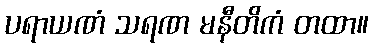
ပရာယဏံ သရဏ မနီတိကံ တထာ။